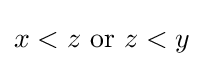
x<z{\text{ or }}z<y